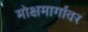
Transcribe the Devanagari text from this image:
मोक्षमार्गावर